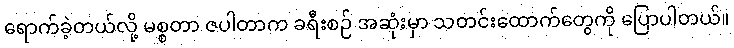
ရောက်ခဲ့တယ်လို့ မစ္စတာ ဇပါတာက ခရီးစဉ် အဆုံးမှာ သတင်းထောက်တွေကို ပြောပါတယ်။